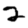
Digit: 2